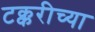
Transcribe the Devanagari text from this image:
टक्करीच्या